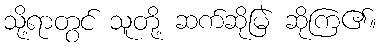
သို့ရာတွင် သူတို့ ဆက်ဆိုမြဲ ဆိုကြ၏။